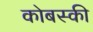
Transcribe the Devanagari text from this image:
कोबस्की